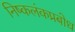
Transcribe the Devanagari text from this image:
निष्कलंकप्रबोध